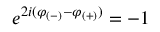
e ^ { 2 i ( \varphi _ { ( - ) } - \varphi _ { ( + ) } ) } = - 1